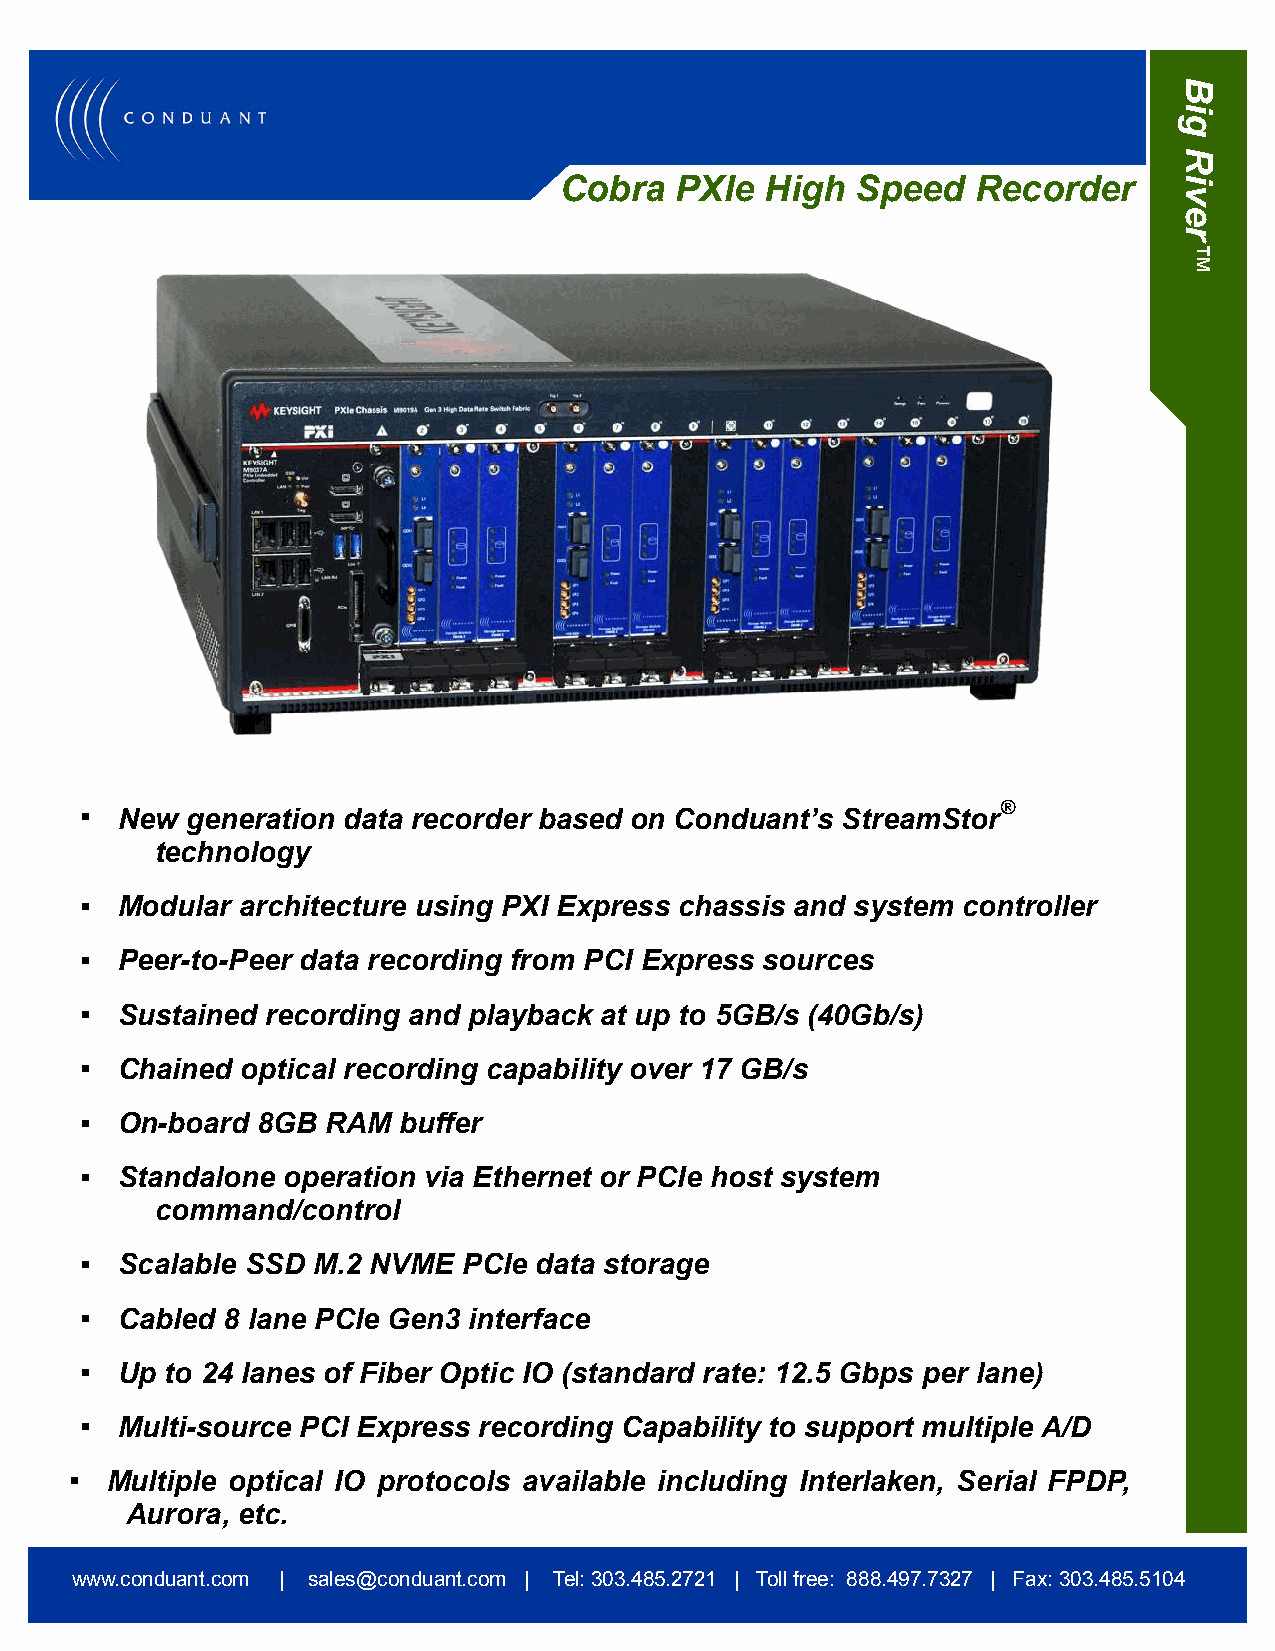
B
 i
 g
 R
 Cobra   PXIe  High  Speed   Recorder     i
 v
 e
 r
 ™
 ®
   New generation data recorder based on Conduant’s StreamStor
 technology
   Modular architecture using PXI Express chassis and system controller
   Peer-to-Peer data recording from PCI Express sources
   Sustained recording and playback at up to 5GB/s (40Gb/s)
   Chained optical recording capability over 17 GB/s
   On-board 8GB  RAM buffer
   Standalone operation via Ethernet or PCIe host system
 command/control
   Scalable SSD M.2 NVME  PCIe data storage
   Cabled 8 lane PCIe Gen3 interface
   Up to 24 lanes of Fiber Optic IO (standard rate: 12.5 Gbps per lane)
   Multi-source PCI Express recording Capability to support multiple A/D
  Multiple optical IO protocols available including Interlaken, Serial FPDP,
 Aurora, etc.
 www.conduant.com | sales@conduant.com | Tel: 303.485.2721 | Toll free: 888.497.7327 | Fax: 303.485.5104